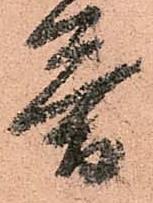
答